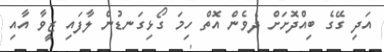
އަދި ގޭގެ ބިއްދޮށަށް ދެވެން އޮތް ހިމަ ގޯޅިގަނޑުން ލާފައި ޒީވާ އާއި